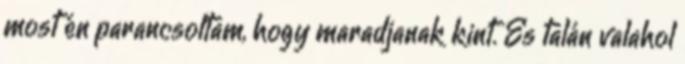
most én parancsoltam, hogy maradjanak kint. És talán valahol